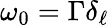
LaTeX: \omega_{0}=\Gamma\delta_{\ell}